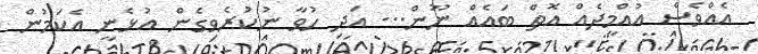
އެެއްވެސް އުއްމީދެއް އޮތް ބައެއް ނޫން... އަދި ހުވާ ނުކުރެވިގެން އުޅެނީ އެކަމުން